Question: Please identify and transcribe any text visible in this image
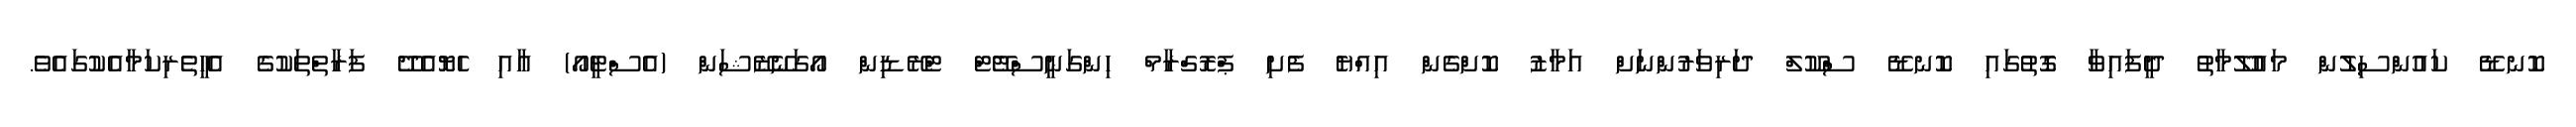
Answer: ކޮނޑޭ ކައުންސިލުން މައުލޫމާތު ދީފައިވާ ގޮތުގައި ކޮނޑޭ ސްކޫލް ދަރިވަރުންނަށް އަމާޒު ކޮށްގެން އިއްޔެ ފެށި ޕްރޮގްރާމް ހިންގަނީސްޓޭޓް ޓްރޭޑިން އޯގަނޭޒޭޝަން (އެސްޓީއޯ) އާއި ހެޔޮއެދޭ ފަރާތްތަކުގެ އެހީތެރިކަމާއެކުގައެވެ.